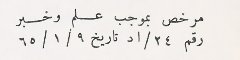
مرخص بموجب علم وخبر رقم ٢٤/اد تاريخ ٩/ ١/ ٦٥